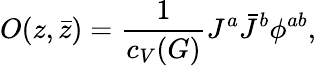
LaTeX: O(z,\bar{z})={\frac{1}{c_{V}(G)}}J^{a}\bar{J}^{b}\phi^{ab},